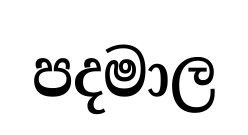
පදමාල